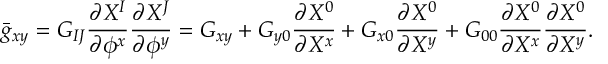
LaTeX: \bar { g } _ { x y } = G _ { I J } \frac { \partial { X ^ { I } } } { \partial { { \phi } ^ { x } } } \frac { \partial { X ^ { J } } } { \partial { { \phi } ^ { y } } } = G _ { x y } + G _ { y 0 } \frac { \partial { X ^ { 0 } } } { \partial { X ^ { x } } } + G _ { x 0 } \frac { \partial { X ^ { 0 } } } { \partial { X ^ { y } } } + G _ { 0 0 } \frac { \partial { X ^ { 0 } } } { \partial { X ^ { x } } } \frac { \partial { X ^ { 0 } } } { \partial { X ^ { y } } } .